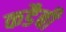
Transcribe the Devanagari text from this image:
कडैबी